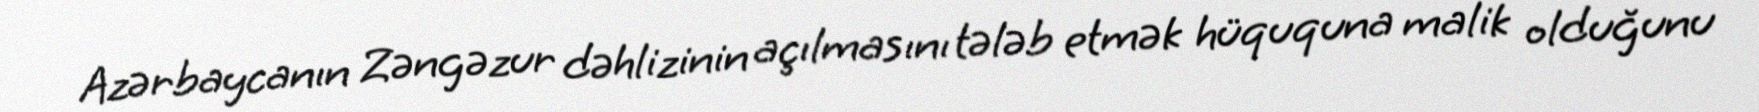
Azərbaycanın Zəngəzur dəhlizinin açılmasını tələb etmək hüququna malik olduğunu